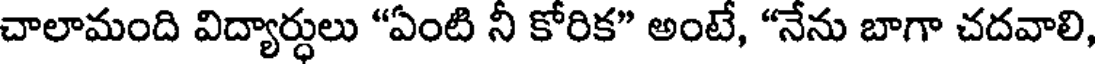
చాలామంది విద్యార్ధులు "ఏంటి నీ కోరిక" అంటే, "నేను బాగా చదవాలి,